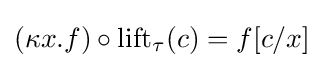
(\kappa x.f)\circ \operatorname {lift} _{\tau }(c)=f[c/x]